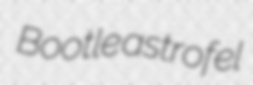
Bootle astrofel